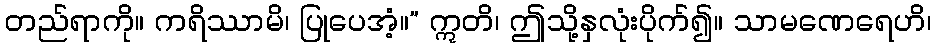
တည်ရာကို။ ကရိဿာမိ၊ ပြုပေအံ့။” ဣတိ၊ ဤသို့နှလုံးပိုက်၍။ သာမဏေရေဟိ၊